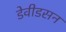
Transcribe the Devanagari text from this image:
डेवीडसन